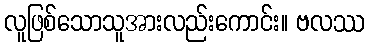
လူဖြစ်သောသူအားလည်းကောင်း။ ဗလဿ